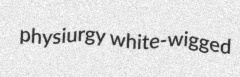
physiurgy white-wigged